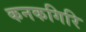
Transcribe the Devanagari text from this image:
कनकगिरि